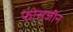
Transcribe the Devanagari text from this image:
फोसजीन